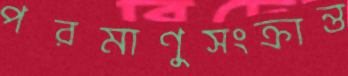
পরমাণুসংক্রান্ত